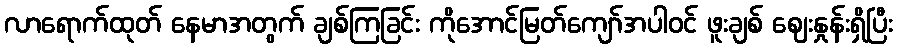
လာရောက်ထုတ် နေမာအတွက် ချစ်ကြခြင်း ကိုအောင်မြတ်ကျော်အပါဝင် ဖူးချစ် ဈေးနှုန်းရှိပြီး